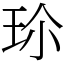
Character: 𭹀